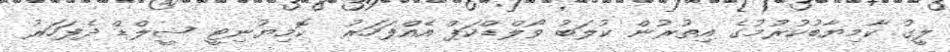
ލީގު ކާމިޔާބުކުރުމުގެ އިތުރުން ކުލަބު ވޯލްޑްކަޕް އެއްފަހަރު  ކޮމިޔުނިޓީ ޝީލްޑް ދެފަހަރު